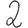
Digit: 2